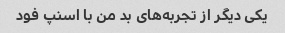
یکی دیگر از تجربه‌های بد من با اسنپ فود